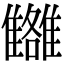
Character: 𩁗